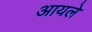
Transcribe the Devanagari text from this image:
आयले